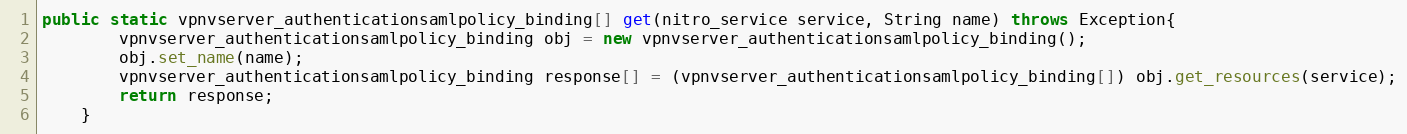
Language: Java
public static vpnvserver_authenticationsamlpolicy_binding[] get(nitro_service service, String name) throws Exception{
		vpnvserver_authenticationsamlpolicy_binding obj = new vpnvserver_authenticationsamlpolicy_binding();
		obj.set_name(name);
		vpnvserver_authenticationsamlpolicy_binding response[] = (vpnvserver_authenticationsamlpolicy_binding[]) obj.get_resources(service);
		return response;
	}